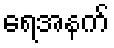
ရေအနက်